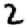
Digit: 2